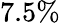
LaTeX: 7.5\%